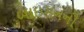
બાઇસનની